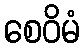
စေဝိမံ